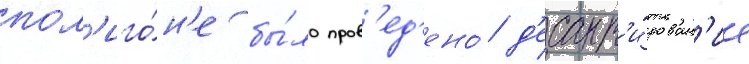
пол'иго́н'е бы́ло пров'ед'ено́ д'есант'и́рован'ие